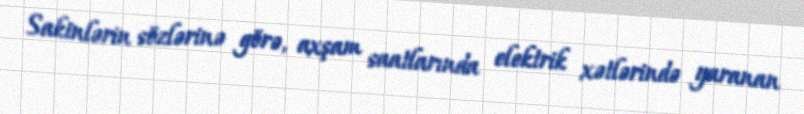
Sakinlərin sözlərinə görə, axşam saatlarında elektrik xətlərində yaranan